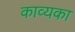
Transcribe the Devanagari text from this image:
काव्यका